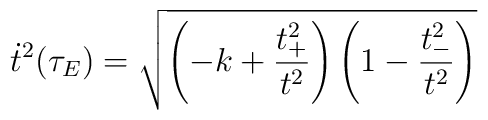
\dot{t}^2(\tau_E) = \sqrt{\left(-k+\frac{t_+^2}{t^2}\right) \left( 1-\frac{t_-^2}{t^2}\right)}